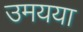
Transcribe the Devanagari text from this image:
उमयया